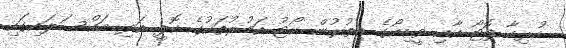
ހުރިހާ ފޮޓޯ އާއި ވީޑިއޯގެ އިތުރުން ކޯޓު އަމުރުތަކުގެ ކޮޕީ އަދި މައްސަލައިގައި